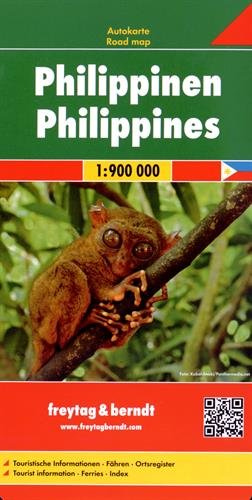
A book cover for Philippines 1:900K FB - 2013** (English, Spanish, French, Italian and German Edition); Freytag Berndt und Ataria KG; Travel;